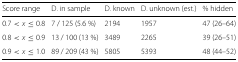
| Score range | D. in sample | D. known | D. unknown (est.) | % hidden |
 | --- | --- | --- | --- | --- |
 | 0.7<x≤0.8 | 7 / 125 (5.6 %) | 2194 | 1957 | 47 (26–64) |
 | 0.8<x≤0.9 | 13 / 100 (13 %) | 3489 | 2265 | 39 (26–51) |
 | 0.9<x≤1.0 | 89 / 209 (43 %) | 5805 | 5393 | 48 (44–52) |